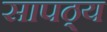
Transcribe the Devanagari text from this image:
सापठ्य